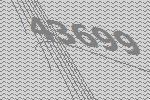
43699